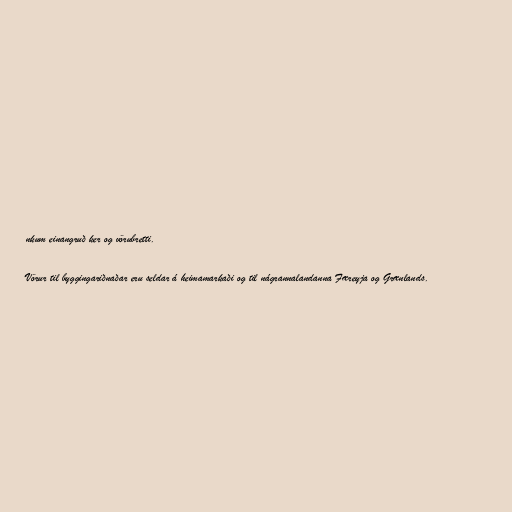
nkum einangruð ker og vörubretti.

Vörur til byggingariðnaðar eru seldar á heimamarkaði og til nágrannalandanna Færeyja og Grænlands.